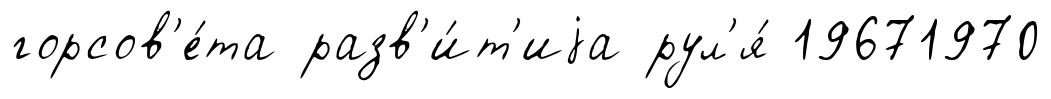
горсов'е́та разв'и́т'иjа рул'я́ 19671970